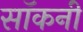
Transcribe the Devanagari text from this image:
सॉकनी